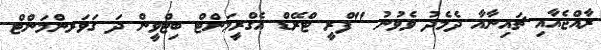
ރާއްޖެއާއި ޗައިނާއާ ދެމެދު ވެވުނު "ފްރީ ޓްރޭޑް އެގްރީމަންޓް ބިޓްވީން ދަ ގަވަރންމަންޓް